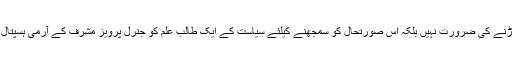
مجھے مولانا طاہرالقادری اور عمران خان کے دھرنے کو اس سے جوڑنے کی ضرورت نہیں بلکہ اس صورتحال کو سمجھنے کیلئے سیاست کے ایک طالب علم کو جنرل پرویز مشرف کے آرمی ہسپتال برائے امراضِ قلب میں گزرے ہوئے ”89دن“ کا احوال جاننا کافی ہے۔